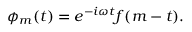
\phi _ { m } ( t ) = e ^ { - i \omega t } f ( m - t ) .